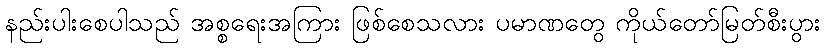
နည်းပါးစေပါသည် အစ္စရေးအကြား ဖြစ်စေသလား ပမာဏတွေ ကိုယ်တော်မြတ်စီးပွား